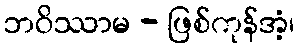
ဘဝိဿာမ - ဖြစ်ကုန်အံ့၊